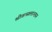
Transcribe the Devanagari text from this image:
श्रीवत्सलाञ्छन